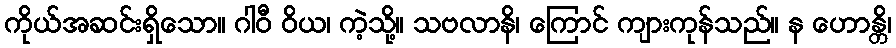
ကိုယ်အဆင်းရှိသော။ ဂါဝီ ဝိယ၊ ကဲ့သို့။ သဗလာနိ၊ ကြောင် ကျားကုန်သည်။ န ဟောန္တိ၊